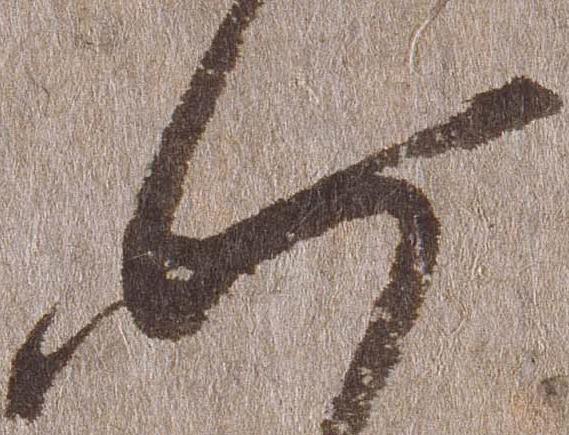
如